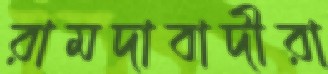
রামদাবাদীরা